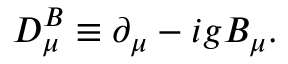
D _ { \mu } ^ { B } \equiv \partial _ { \mu } - i g B _ { \mu } .